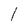
Character: I